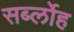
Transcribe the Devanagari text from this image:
सर्ब्लोह